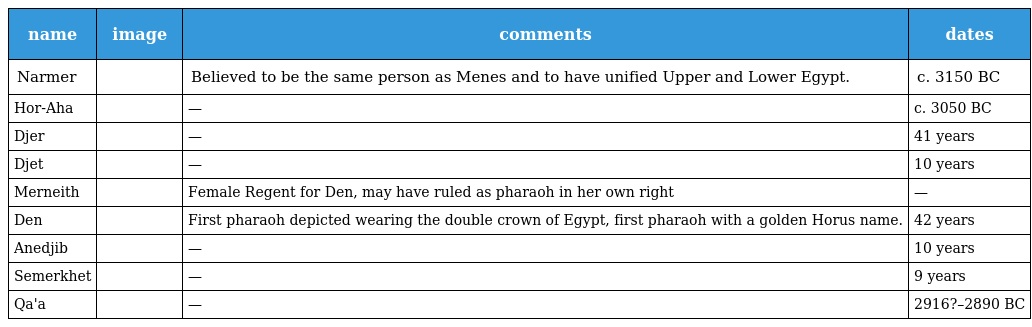
| name | image | comments | dates |
 | --- | --- | --- | --- |
 | Narmer |  | Believed to be the same person as Menes and to have unified Upper and Lower Egypt. | c. 3150 BC |
 | Hor-Aha |  | — | c. 3050 BC |
 | Djer |  | — | 41 years |
 | Djet |  | — | 10 years |
 | Merneith |  | Female Regent for Den, may have ruled as pharaoh in her own right | — |
 | Den |  | First pharaoh depicted wearing the double crown of Egypt, first pharaoh with a golden Horus name. | 42 years |
 | Anedjib |  | — | 10 years |
 | Semerkhet |  | — | 9 years |
 | Qa'a |  | — | 2916?–2890 BC |